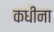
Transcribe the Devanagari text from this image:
कधीना